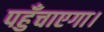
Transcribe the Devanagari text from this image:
पहुँचाएगा।